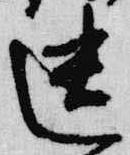
遺